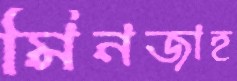
মিনজাহ